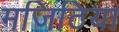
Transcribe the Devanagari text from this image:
मजिठिया